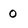
Character: 0